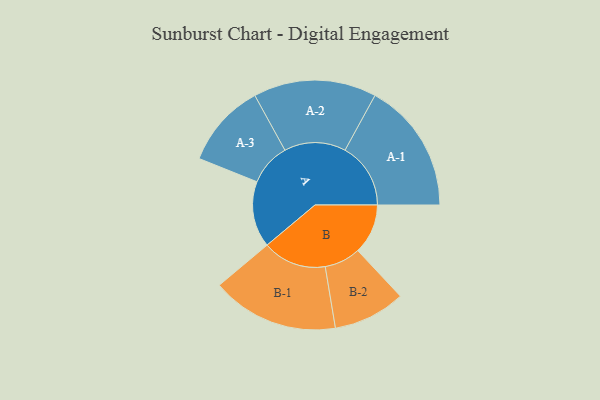
{"axis": {"x": "Segment", "y": "Value"}, "legend": ["", "A", "B"], "data": [{"x": "A", "y": 273, "type": ""}, {"x": "B", "y": 207, "type": ""}, {"x": "A-1", "y": 271, "type": "A"}, {"x": "A-2", "y": 254, "type": "A"}, {"x": "A-3", "y": 174, "type": "A"}, {"x": "B-1", "y": 263, "type": "B"}, {"x": "B-2", "y": 149, "type": "B"}]}